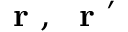
\mathrm { ~ \bf ~ r ~ } , \mathrm { ~ \bf ~ r ~ } ^ { \prime }